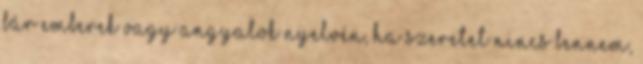
bár emberek vagy angyalok nyelvén, ha szeretet nincs bennem,